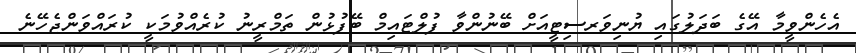
އެހެންވީމާ އޭގެ ބަދަލުގައި ޔުނިވަރސިޓީއަށް ބޭނުންވާ ފުލްޓައިމް ބޭފުޅުން ތަމްރީނު ކުރެއްވުމަކީ ކުރައްވަންޖެހޭނެ